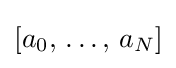
[a_{0},\,\ldots ,\,a_{N}]